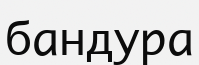
бандура